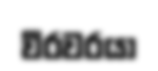
වීරවරයා